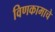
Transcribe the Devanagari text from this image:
विणकामाचे